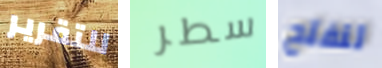
للتقرير سطر لنفتح